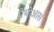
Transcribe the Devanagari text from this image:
पैथोआस